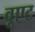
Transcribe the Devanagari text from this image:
वूएट